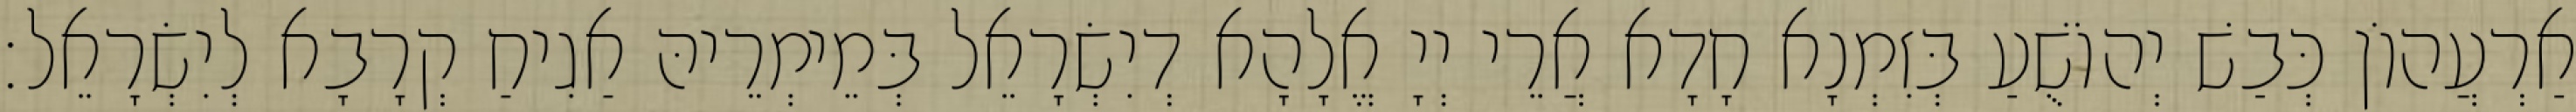
אַרְעֲהוֹן כְּבַשׁ יְהוֹשֻׁעַ בְּזִמְנָא חָדָא אֲרֵי יְיָ אֱלָהָא דְיִשְׂרָאֵל בְּמֵימְרֵיהּ אַגִיחַ קְרָבָא לְיִשְׂרָאֵל׃